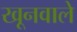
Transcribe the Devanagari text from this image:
खूनवाले